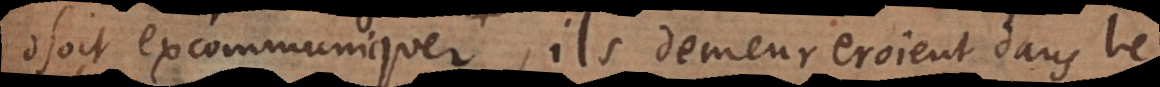
osoit excommuniquer, ils demeureroient dans le